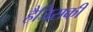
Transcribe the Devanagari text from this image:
हैजिसकी